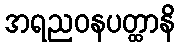
အရညဝနပတ္ထာနိ